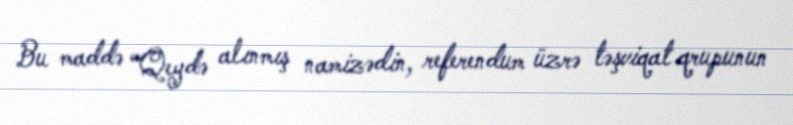
Bu maddə “Qeydə alınmış namizədin, referendum üzrə təşviqat qrupunun